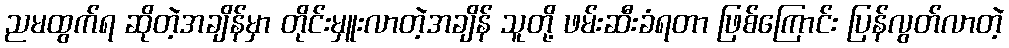
ညမထွက်ရ ဆိုတဲ့အချိန်မှာ တိုင်းမှူးလာတဲ့အချိန် သူတို့ ဖမ်းဆီးခံရတာ ဖြစ်ကြောင်း ပြန်လွတ်လာတဲ့